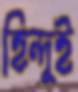
হিন্দুই